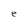
Character: e